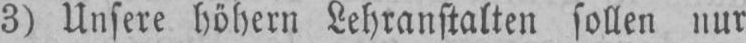
3) Unsere höhern Lehranstalten sollen nur